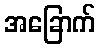
အခြောက်